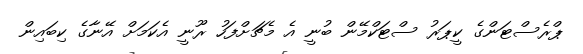
ޕްރެސްޓަންގެ ކީޕަރު ސްޓަކްމޭން ބުނީ އެ މެޗަށްފަހު ރޫނީ އެކަމަށް އޭނާގެ ކިބައިން